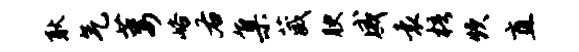
耿气萎峪右集葳腴威袁梧炊直